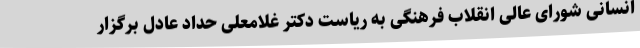
انسانی شورای عالی انقلاب فرهنگی به ریاست دکتر غلامعلی حداد عادل برگزار